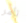
تأمر